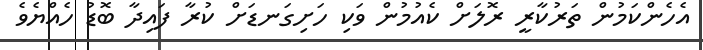
އެހެންކަމުން ތަރުކާރީ ރޮލަށް ކެއުމުން ވަކި ހަށިގަނޑަށް ކުރާ ފައިދާ ބޮޑު ހެއްޔެވެ